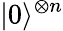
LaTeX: |0\rangle^{\otimes n}